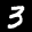
Label: 3